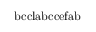
\mathrm { b c c l a b c c e f a b }